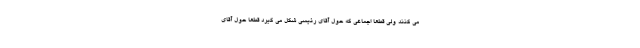
می کنند ولی قطعا اجماعی که حول آقای رئیسی شکل می گیرد قطعا حول آقای